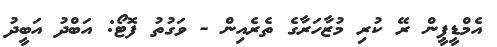
އެމްޑީޕީން ރޭ ކުރި މުޒާހަރާގެ ތެރެއިން - ވަގުތު ފޮޓޯ: އަބްދު އަބީދު